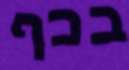
בכף